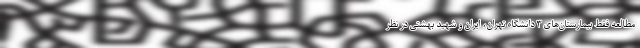
مطالعه فقط بیمارستان‌های ۳ دانشگاه تهران، ایران و شهید بهشتی در نظر